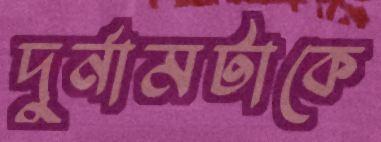
দুর্নামটাকে